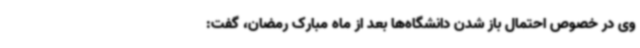
وی در خصوص احتمال باز شدن دانشگاه‌ها بعد از ماه مبارک رمضان، گفت: